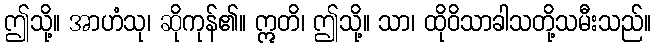
ဤသို့။ အာဟံသု၊ ဆိုကုန်၏။ ဣတိ၊ ဤသို့။ သာ၊ ထိုဝိသာခါသတို့သမီးသည်။